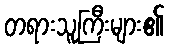
တရားသူကြီးများ၏